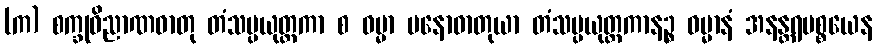
(က) စက္ခုဝိညာဏဓာတု တံသမ္ပယုတ္တကာ စ ဓမ္မာ မနောဓာတုယာ တံသမ္ပယုတ္တကာနဉ္စ ဓမ္မာနံ အနန္တရပစ္စယေန